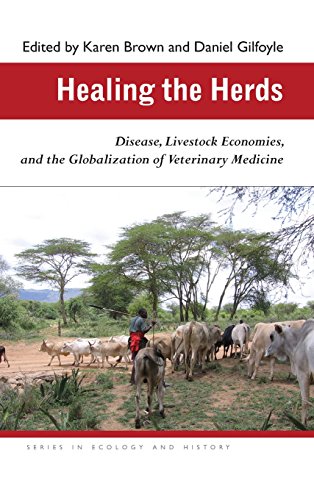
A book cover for Healing the Herds: Disease, Livestock Economies, and the Globalization of Veterinary Medicine (Ecology & History); Medical Books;